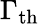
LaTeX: \Gamma_{\mathrm{th}}